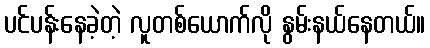
ပင်ပန်းနေခဲ့တဲ့ လူတစ်ယောက်လို နွမ်းနယ်နေတယ်။